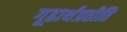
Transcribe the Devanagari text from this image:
गूढार्थप्रतीति